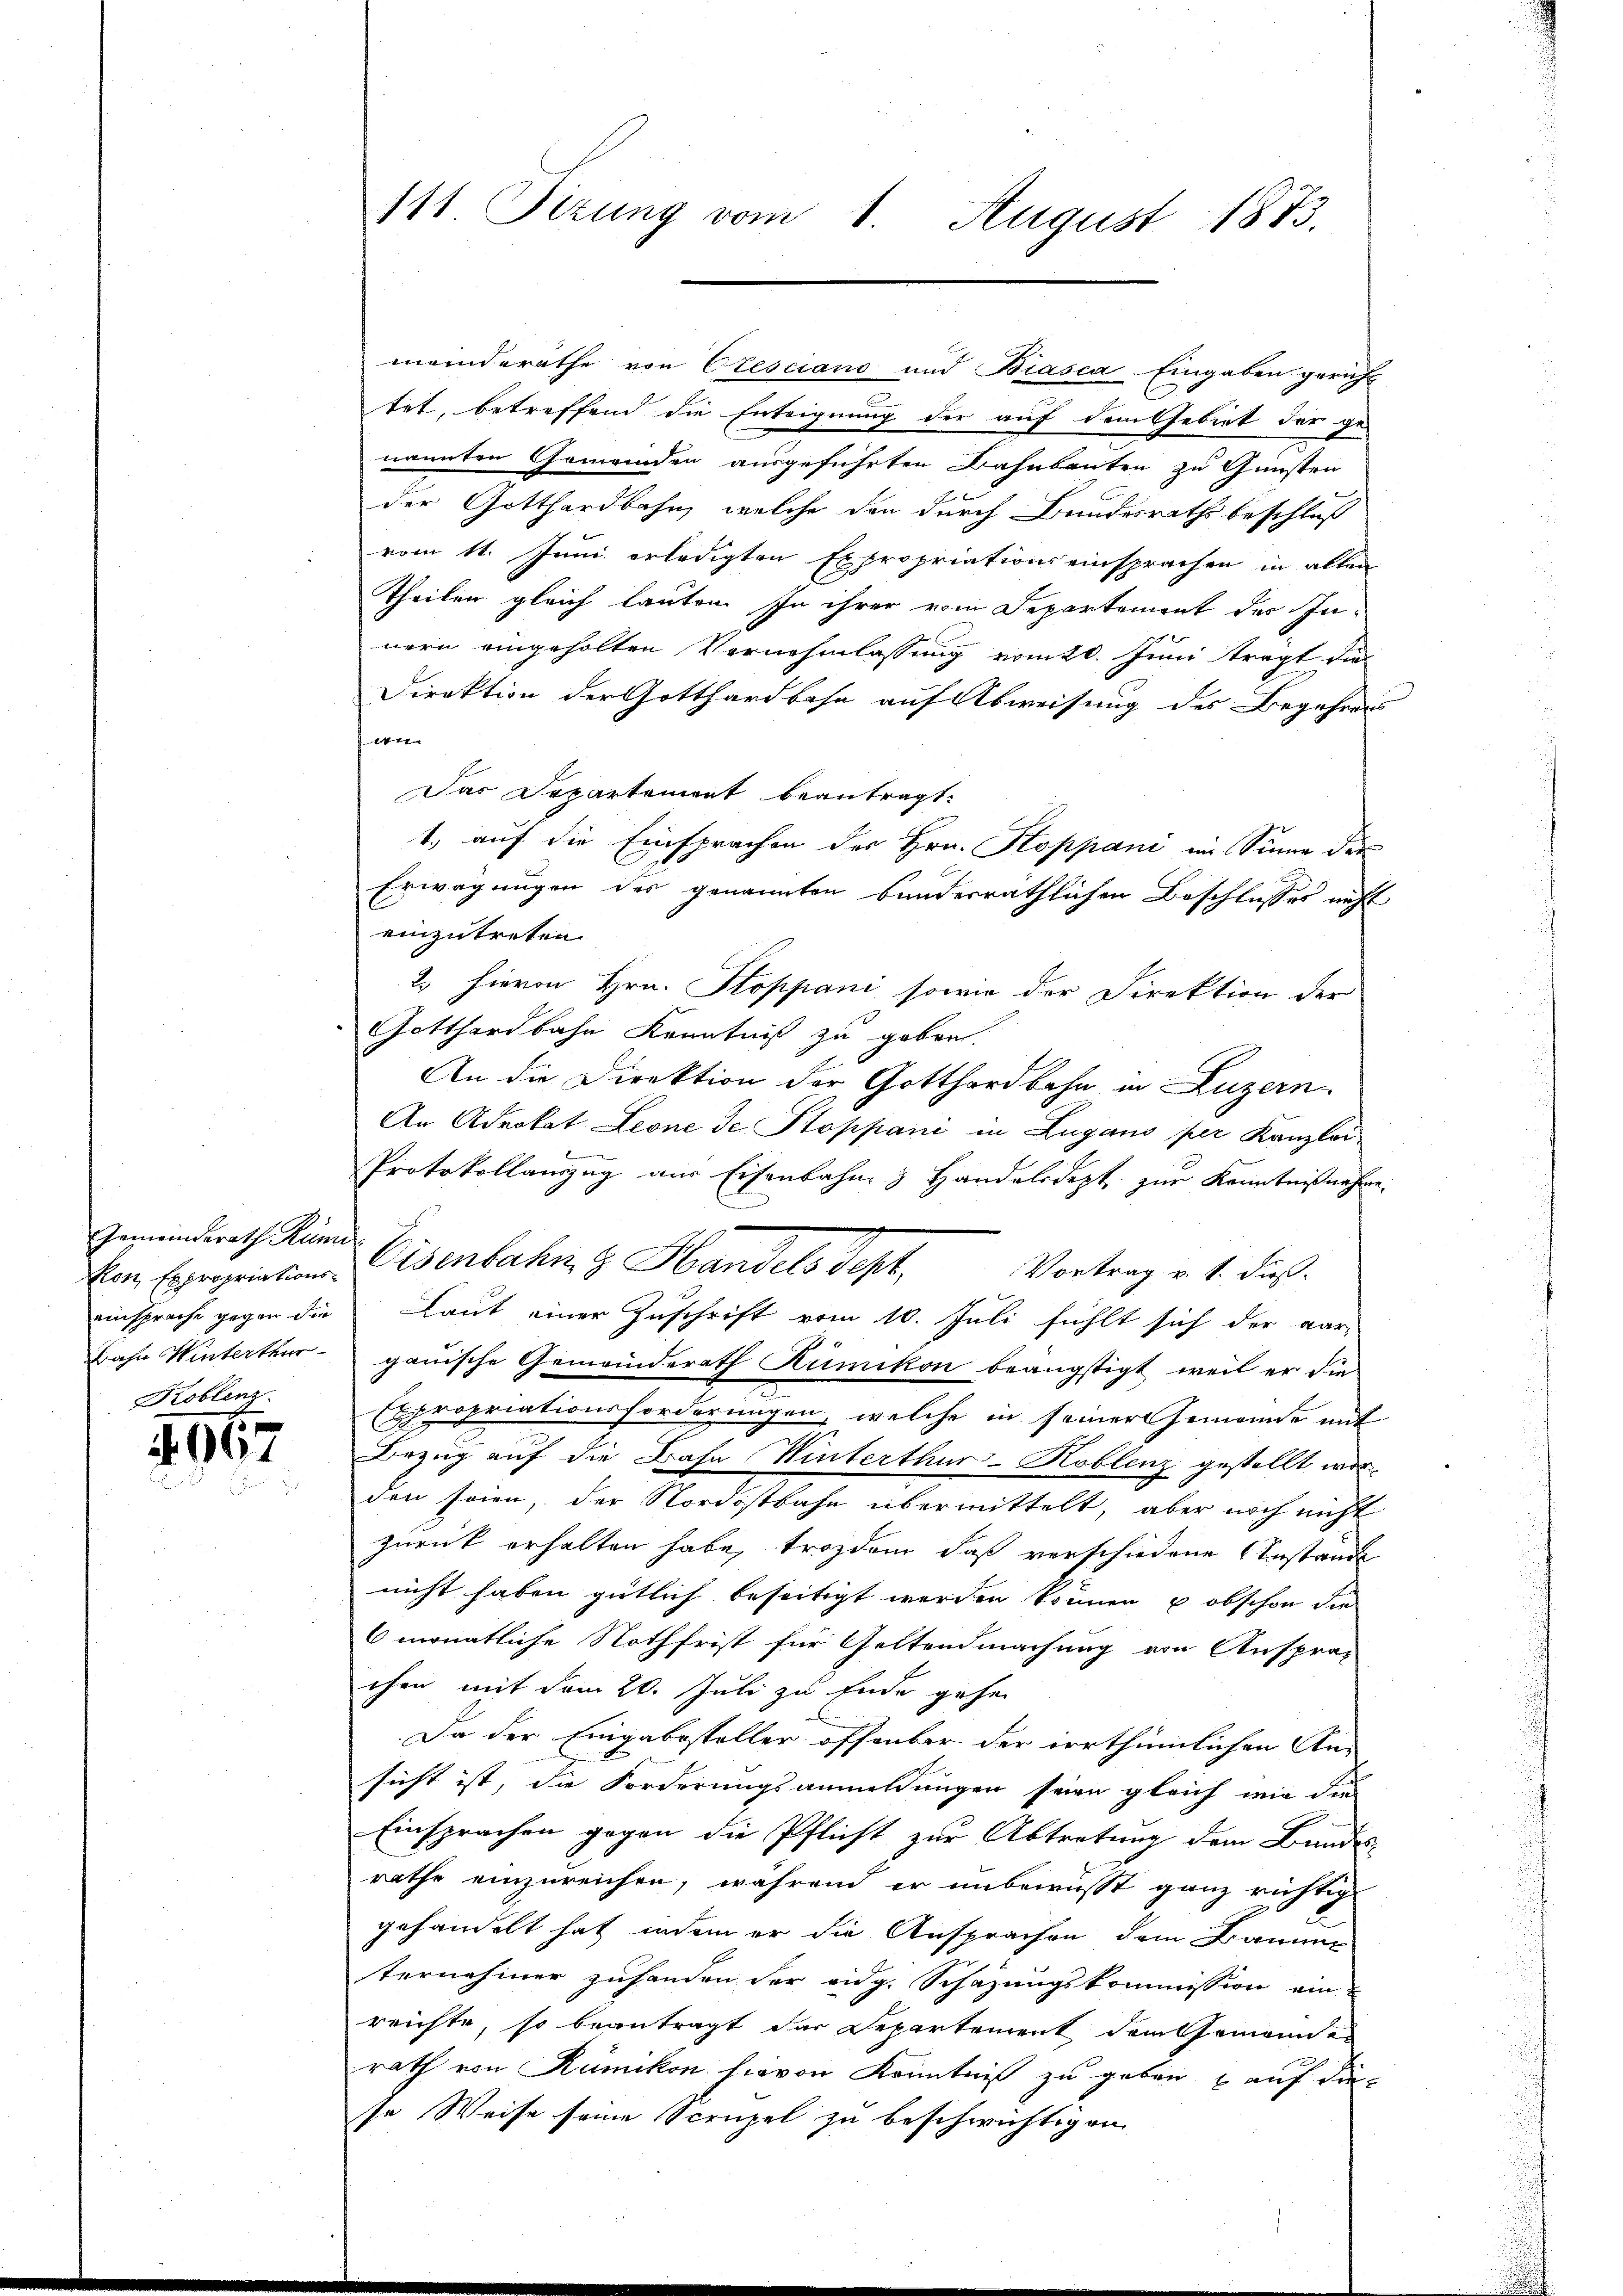
Gemeinderath Kun
Koblenz.

4967

tet, betreffend die Enteignung der auf dem Gebiet der ge-
nannten Gemeinden ausgeführten Bahnbauten zu Gunsten
der Gotthardbahn, welche den durch Bundesrath beschluß
vom 11. Juni erledigten Expropriationseinsprachen in allen
Theilen gleich lauten In ihrer vom Departement des Innern eingeholten Vernehmlassung vom 20. Juni tragt die
Direktion der Gotthardbahn auf Abweisung des Begehrens
e
Das Departement beantragt.
1., auf die Einsprachen des Hrn. Stoppani im Sinne dies
Erwägungen des genannten Sanderräthlichen Beschlusses nicht
einzutreten.
2. hievon Hrn. Stoppani sowie der Direktion der
Gotthardbahn Kenntniß zu geben.
An die Direktion der Gotthardbahn in Luzern.
An Advokat Leone de Stoppani in Zugano per Kanzlei
Protokollanzug aus Eisenbahn & Handelsdept zur Kenntnißnahme.
Von Expropriation Eisenbahn z. Handels Sept. Vortrag v. 4. dies
einsprache gegen die Laut einer Zuschrift vom 10. Juli fühlt sich der aar-
Bahn Winterthurgauische Gemeinderath Rümikon beängstigt, weil er die
Expropriationsforderungen, welche in seiner Gemeinde mit
Bezug auf die Bahn Winterthur–Koblenz gestellt worden seien, der Nordostbahn übermittelt, aber noch nicht
zurück erhalten habe, trozdem, daß verschiedene Instande
nicht haben gütlich beseitigt werden können, u obschon die
monatliche Nothfrist für Geltendmachung von Ansprachen mit dem 20. Juli zu Ende gehen
Da der Eingabesteller offenbar der irrthümlichen An-
sicht ist, die Forderungsanmeldungen seien gleich wie die
Einsprachen gegen die Pflicht zur Abtretung dem Bundes-
rathe einzureichen, während er unbewusst ganz richtig
gehandelt hat, indem er die Ansprachen dem Baume
ternehmer zuhanden der eidg. Schazungskommission ein-
reichte, so beantragt der Departement dem Gemeindes
rath von Rümikon hievon Kenntniß zu geben auf die
se Weise seine Scrupel zu beschwichtigen

111 Sizung vom 1. August 1873.

meinderathe von Oesciano und Biasca Eingaben gericht